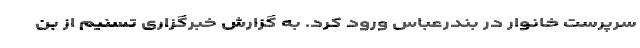
سرپرست خانوار در بندرعباس ورود کرد. به گزارش خبرگزاری تسنیم از بن